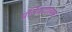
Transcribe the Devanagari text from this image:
प्रतिवादात्मक